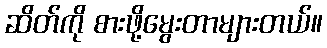
ဆိတ်ကို စားဖို့မွေးတာများတယ်။